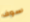
سوف